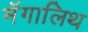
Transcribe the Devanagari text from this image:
मॅगालिथ